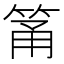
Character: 筩